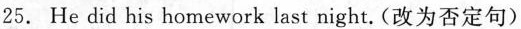
25. He did his homework last night.(改为否定句)